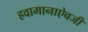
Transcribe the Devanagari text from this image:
हवामानाऐवजी